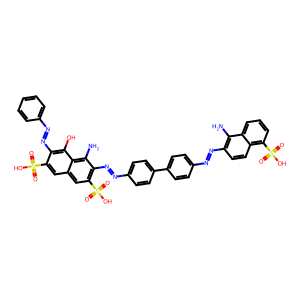
SMILES: Nc1c(N=Nc2ccc(-c3ccc(N=Nc4c(S(=O)(=O)O)cc5cc(S(=O)(=O)O)c(N=Nc6ccccc6)c(O)c5c4N)cc3)cc2)ccc2c(S(=O)(=O)O)cccc12
Inhibits HIV replication: No